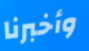
وأخبرنا